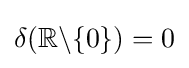
\delta (\mathbb {R} \backslash \{0\})=0